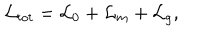
\mathcal { L } _ { t o t } = \mathcal { L } _ { 0 } + \mathcal { L } _ { m } + \mathcal { L } _ { g } ,